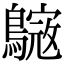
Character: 𪄺